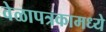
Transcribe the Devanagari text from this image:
वेळापत्रकामध्ये